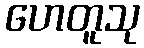
ဟေတူသု